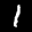
Label: 1